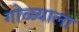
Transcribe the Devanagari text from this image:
गोळ्याला